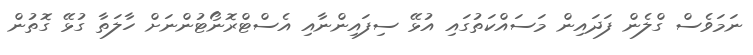
ނަމަވެސް ގްލެން ފަދައިން މަސައްކަތުގައި އުޅޭ ސިފައިންނާއި އެސްޓްރޮނޯޓުންނަށް ހާލަތާ ގުޅޭ ގޮތުން